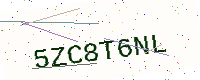
Text: 5ZC8T6NL